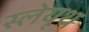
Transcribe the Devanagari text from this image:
स्लेयूथ